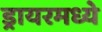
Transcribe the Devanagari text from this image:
ड्रायरमध्ये